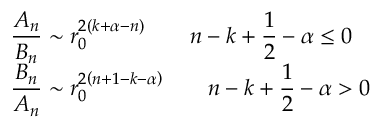
\begin{array} { l } { { \displaystyle { \frac { A _ { n } } { B _ { n } } } \sim r _ { 0 } ^ { 2 \left( k + \alpha - n \right) } \qquad n - k + \frac { 1 } { 2 } - \alpha \leq 0 } } \\ { { \displaystyle { \frac { B _ { n } } { A _ { n } } } \sim r _ { 0 } ^ { 2 \left( n + 1 - k - \alpha \right) } \qquad n - k + \frac { 1 } { 2 } - \alpha > 0 } } \end{array}